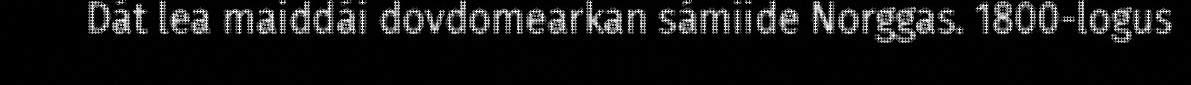
Dát lea maiddái dovdomearkan sámiide Norggas. 1800-logus